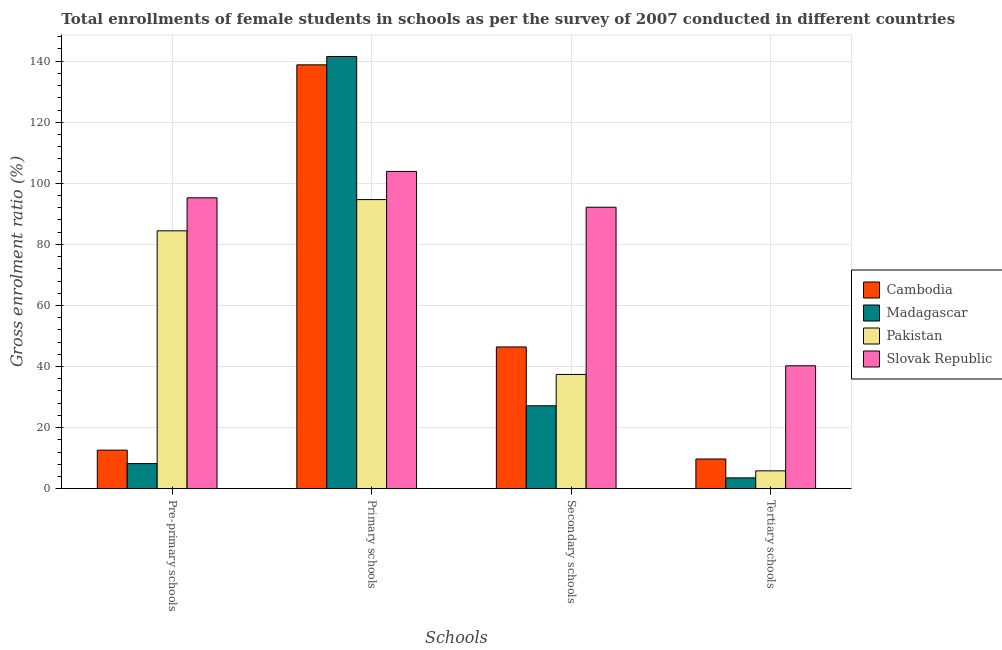
| Schools | Cambodia | Madagascar | Pakistan | Slovak Republic |
 | --- | --- | --- | --- | --- |
 | Pre-primary schools | 12.6 | 8.21 | 84.5 | 95.3 |
 | Primary schools | 139 | 142 | 94.7 | 104 |
 | Secondary schools | 46.4 | 27.1 | 37.4 | 92.2 |
 | Tertiary schools | 9.72 | 3.54 | 5.84 | 40.3 |